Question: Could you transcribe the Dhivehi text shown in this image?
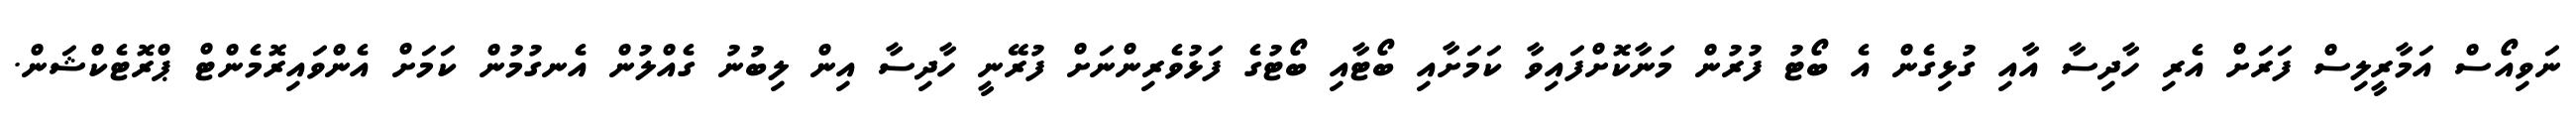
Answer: ނަވިއޯސް އަމާރީލިސް ފަރަށް އެރި ހާދިސާ އާއި ގުޅިގެން އެ ބޯޓު ފުރުން މަނާކޮށްފައިވާ ކަމަށާއި ބޯޓާއި ބޯޓުގެ ފަޅުވެރިންނަށް ފުރޭނީ ހާދިސާ އިން ލިބުނު ގެއްލުން އެނގުމުން ކަމަށް އެންވައިރޮމެންޓް ޕްރޮޓެކްޝަން.